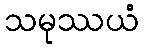
သမုဿယံ